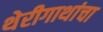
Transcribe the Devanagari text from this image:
थेरीगाथांचा